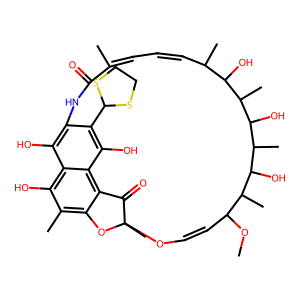
SMILES: COC1C=COC2(C)Oc3c(C)c(O)c4c(O)c(c(C5SCCS5)c(O)c4c3C2=O)NC(=O)C(C)=CC=CC(C)C(O)C(C)C(O)C(C)C(O)C1C
Inhibits HIV replication: No